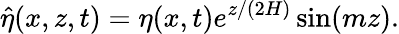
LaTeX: \hat{\eta}(x,z,t)=\eta(x,t)e^{z/(2H)}\sin(mz).